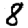
Digit: 8